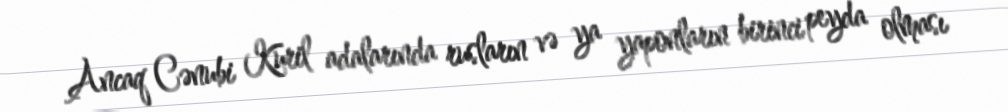
Ancaq Cənubi Kuril adalarında rusların və ya yaponların birinci peyda olması